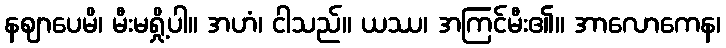
နဈာပေမိ၊ မီးမရှို့ပါ။ အဟံ၊ ငါသည်။ ယဿ၊ အကြင်မီး၏။ အာလောကေန၊